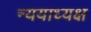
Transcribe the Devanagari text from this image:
न्ययाध्यक्ष